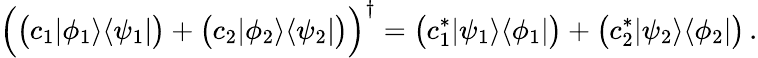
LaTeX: {\Big(}{\bigl(}c_{1}|\phi_{1}\rangle\langle\psi_{1}|{\bigr)}+{\bigl(}c_{2}|\phi_{2}\rangle\langle\psi_{2}|{\bigr)}{\Big)}^{\dagger}={\bigl(}c_{1}^{*}|\psi_{1}\rangle\langle\phi_{1}|{\bigr)}+{\bigl(}c_{2}^{*}|\psi_{2}\rangle\langle\phi_{2}|{\bigr)}\, .